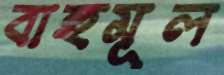
বাহুমূল